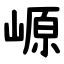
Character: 㟲